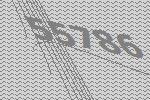
55786